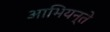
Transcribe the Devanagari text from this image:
आभियन्ते